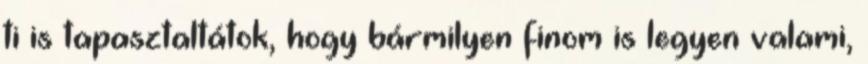
ti is tapasztaltátok, hogy bármilyen finom is legyen valami,